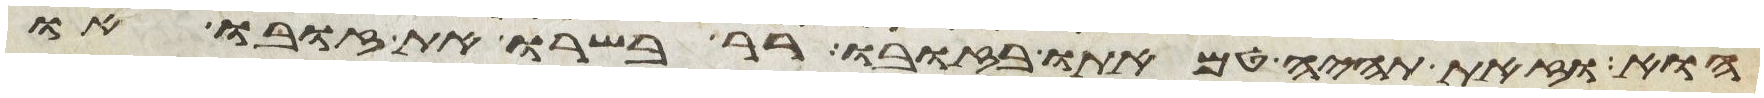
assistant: הוא וזאת תהיה טמאתו בזובו רר בשרו את זובו או